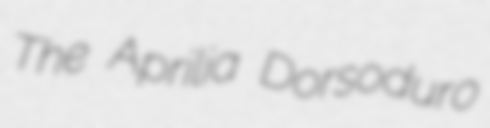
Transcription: The Aprilia Dorsoduro